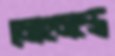
মোহমন্ত্রে